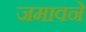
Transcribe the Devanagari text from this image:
जमावने